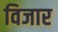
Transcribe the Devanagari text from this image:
विजार